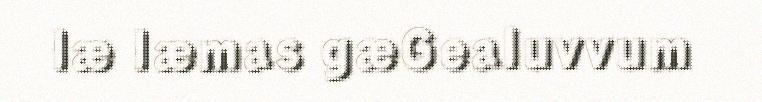
læ læmas gæGealuvvum